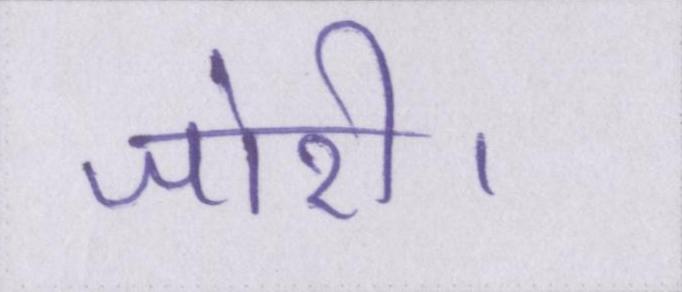
जोरी।